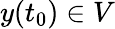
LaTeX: y(t_{0})\in V